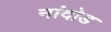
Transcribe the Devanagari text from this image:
नांदोड